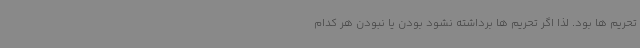
تحریم ها بود. لذا اگر تحریم ها برداشته نشود بودن یا نبودن هر کدام